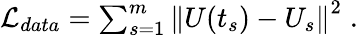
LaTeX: \begin{array}{r}{\mathcal{L}_{data}=\sum_{s=1}^{m}\left\| U(t_{s})-U_{s}\right\| ^{2}\; .}\end{array}